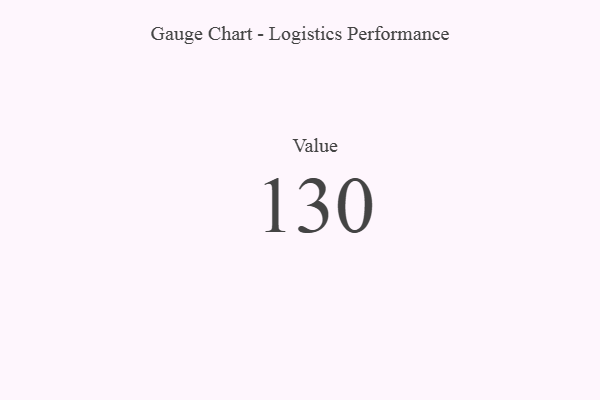
{"axis": {"x": "Metric", "y": "Value"}, "legend": [""], "data": [{"x": "Value", "y": 130, "type": ""}]}